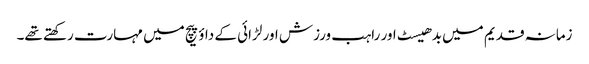
زمانہ قدیم میں بدھیسٹ اور راہب ورزش اور لڑائی کے داؤ پیچ میں مہارت رکھتے تھے۔